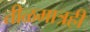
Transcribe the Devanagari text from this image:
तीळमात्रही